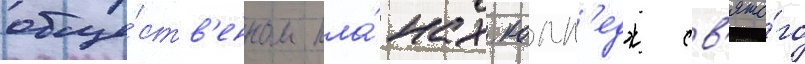
обще́ств'енном пла́нах. колл'едж св'ято́го